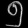
Digit: ၅